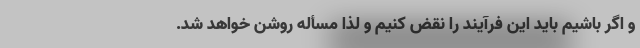
و اگر باشیم باید این فرآیند را نقض کنیم و لذا مسأله روشن خواهد شد.